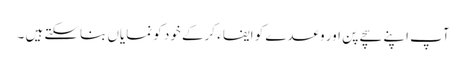
آپ اپنے سچے پن اور وعدے کو ایفا ء کرکے خود کو نمایاں بناسکتے ہیں ۔